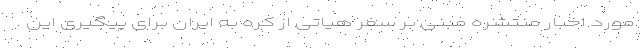
مورد اخبار منتشره مبنی بر سفر هیاتی از کره به ایران برای پیگیری این